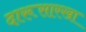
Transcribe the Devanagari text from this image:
दारूसारखा